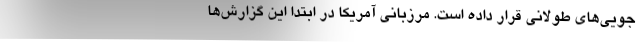
جویی‌های طولانی قرار داده است. مرزبانی آمریکا در ابتدا این گزارش‌ها